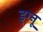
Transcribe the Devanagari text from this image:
इग्‍नू